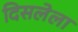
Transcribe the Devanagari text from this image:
दिसलेला